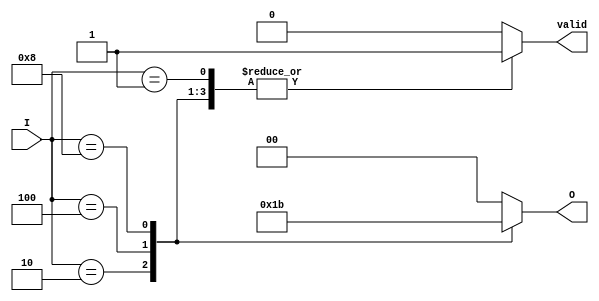
module binary_encoder (
    input wire [3:0] I,  // 4 input lines
    output reg [1:0] O,  // 2 output lines
    output reg valid      // Valid signal to indicate if any input is active
);

always @(*) begin
    case (I)
        4'b0000: begin
            O = 2'b00;  // No input active
            valid = 0;  // No valid input
        end
        4'b0001: begin
            O = 2'b00;  // Input 0 active
            valid = 1;  // Valid input
        end
        4'b0010: begin
            O = 2'b01;  // Input 1 active
            valid = 1;  // Valid input
        end
        4'b0100: begin
            O = 2'b10;  // Input 2 active
            valid = 1;  // Valid input
        end
        4'b1000: begin
            O = 2'b11;  // Input 3 active
            valid = 1;  // Valid input
        end
        default: begin
            O = 2'b00;  // Default case (if multiple inputs are active)
            valid = 0;  // No valid input
        end
    endcase
end

endmodule